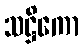
သဋ္ဌိကော